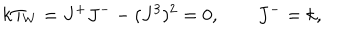
k T _ { W } = J ^ { + } J ^ { - } - ( J ^ { 3 } ) ^ { 2 } = 0 , J ^ { - } = k ,